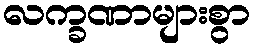
လက္ခဏာများစွာ